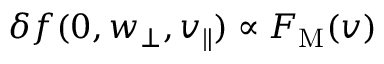
\delta f ( 0 , w _ { \perp } , v _ { \parallel } ) \propto F _ { \mathrm { M } } ( v )